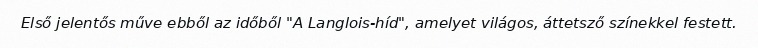
Első jelentős műve ebből az időből "A Langlois-híd", amelyet világos, áttetsző színekkel festett.